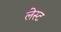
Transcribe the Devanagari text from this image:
लेस्ट